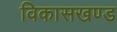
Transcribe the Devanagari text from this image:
विकासखण्‍ड